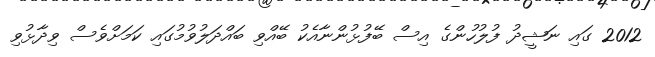
2012 ގައި ނަޝީދު ފުލުހުންގެ އިސް ބޭފުޅުންނާއެކު ބޭއްވި ބައްދަލުވުމުގައި ކަމަށްވެސް ވިދާޅުވި